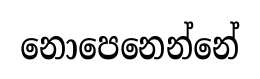
නොපෙනෙන්නේ